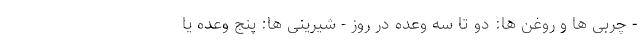
- چربی ها و روغن ها: دو تا سه وعده در روز - شیرینی ها: پنج وعده یا